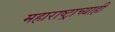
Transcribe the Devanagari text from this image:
महाराष्ट्राच्याही